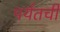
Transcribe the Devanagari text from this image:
पर्यतची